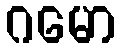
ဂမော